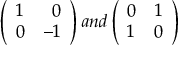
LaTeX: \left( \begin{array} { l r } { { 1 } } & { { 0 } } \\ { { 0 } } & { { - 1 } } \end{array} \right) a n d \left( \begin{array} { l r } { { 0 } } & { { 1 } } \\ { { 1 } } & { { 0 } } \end{array} \right)